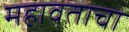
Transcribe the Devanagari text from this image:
महावताचा